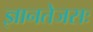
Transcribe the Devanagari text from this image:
ज्ञानतेजसः